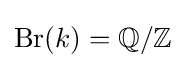
\operatorname {Br} (k)=\mathbb {Q} /\mathbb {Z}